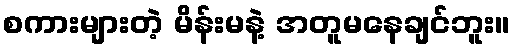
စကားများတဲ့ မိန်းမနဲ့ အတူမနေချင်ဘူး။